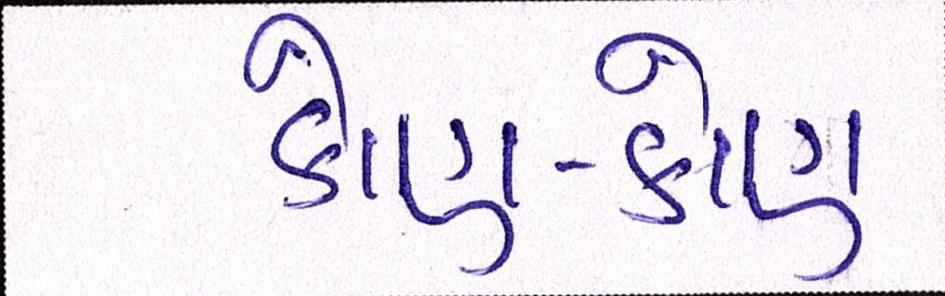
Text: કોણ-કોણ